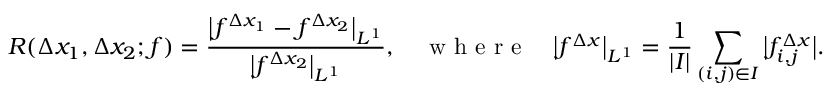
R ( \Delta x _ { 1 } , \Delta x _ { 2 } ; f ) = \frac { \big | f ^ { \Delta x _ { 1 } } - f ^ { \Delta x _ { 2 } } \big | _ { L ^ { 1 } } } { \big | f ^ { \Delta x _ { 2 } } \big | _ { L ^ { 1 } } } , \quad \textrm { w h e r e } \quad \big | f ^ { \Delta x } \big | _ { L ^ { 1 } } = \frac { 1 } { | I | } \sum _ { ( i , j ) \in I } \big | f _ { i , j } ^ { \Delta x } \big | .